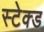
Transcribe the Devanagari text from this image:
स्टेक्ड